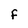
Character: F